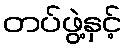
တပ်ဖွဲ့နှင့်